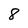
Character: 8